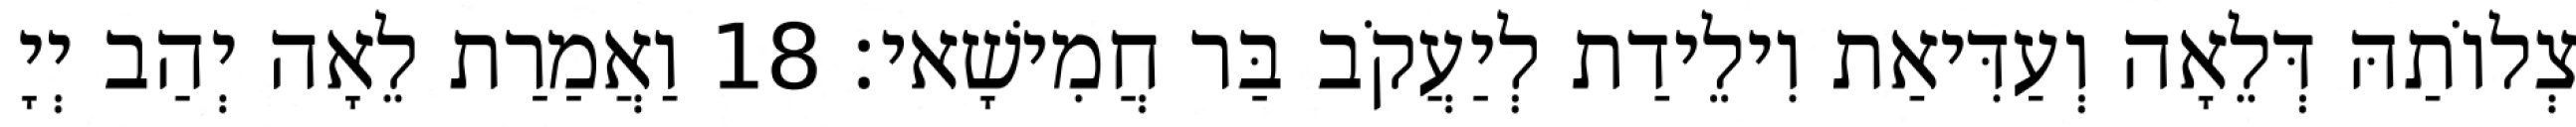
צְלוֹתַהּ דְּלֵאָה וְעַדִּיאַת וִילֵידַת לְיַעֲקֹב בַּר חֲמִישָׁאי׃ 18 וַאֲמַרַת לֵאָה יְהַב יְיָ